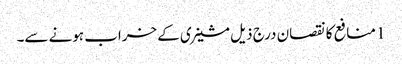
1 منافع کا نقصان درج ذیل مشینری کے خراب ہونے سے۔